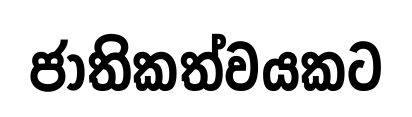
ජාතිකත්වයකට